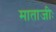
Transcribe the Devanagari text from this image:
माताजीः